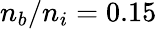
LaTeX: n_{b}/n_{i}=0.15